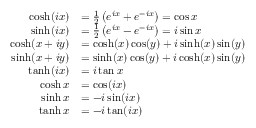
{ \begin{array} { r l } { \cosh ( i x ) } & { = { \frac { 1 } { 2 } } \left( e ^ { i x } + e ^ { - i x } \right) = \cos x } \\ { \sinh ( i x ) } & { = { \frac { 1 } { 2 } } \left( e ^ { i x } - e ^ { - i x } \right) = i \sin x } \\ { \cosh ( x + i y ) } & { = \cosh ( x ) \cos ( y ) + i \sinh ( x ) \sin ( y ) } \\ { \sinh ( x + i y ) } & { = \sinh ( x ) \cos ( y ) + i \cosh ( x ) \sin ( y ) } \\ { \operatorname { t a n h } ( i x ) } & { = i \tan x } \\ { \cosh x } & { = \cos ( i x ) } \\ { \sinh x } & { = - i \sin ( i x ) } \\ { \operatorname { t a n h } x } & { = - i \tan ( i x ) } \end{array} }